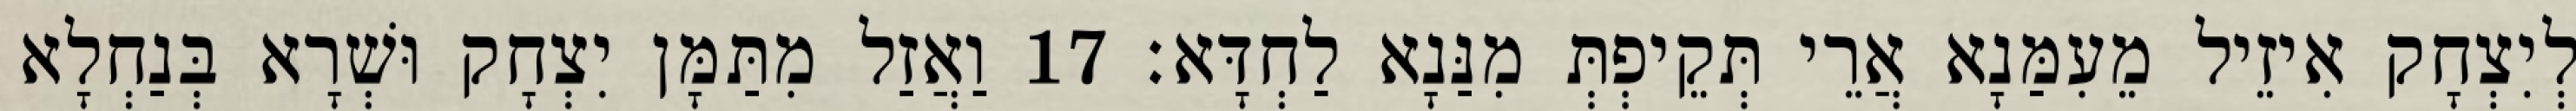
לְיִצְחָק אִיזֵיל מֵעִמַּנָא אֲרֵי תְּקֵיפְתְּ מִנַּנָא לַחְדָּא׃ 17 וַאֲזַל מִתַּמָּן יִצְחָק וּשְׁרָא בְּנַחְלָא